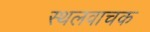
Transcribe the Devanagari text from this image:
स्थलवाचक